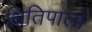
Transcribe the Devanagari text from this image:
क्षितिपालों